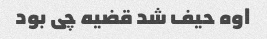
اوه حیف شد قضیه چی بود